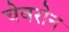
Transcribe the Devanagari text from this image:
चेवरोन